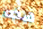
هذه